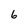
Character: 6